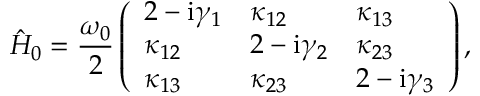
\hat { H } _ { 0 } = \frac { \omega _ { 0 } } { 2 } \left( \begin{array} { l l l } { 2 - \mathrm { i } \gamma _ { 1 } } & { \kappa _ { 1 2 } } & { \kappa _ { 1 3 } } \\ { \kappa _ { 1 2 } } & { 2 - \mathrm { i } \gamma _ { 2 } } & { \kappa _ { 2 3 } } \\ { \kappa _ { 1 3 } } & { \kappa _ { 2 3 } } & { 2 - \mathrm { i } \gamma _ { 3 } } \end{array} \right) ,